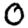
Digit: 0